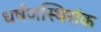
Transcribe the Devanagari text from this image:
धर्षणस्थिरांक